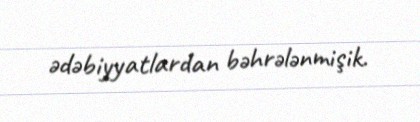
ədəbiyyatlardan bəhrələnmişik.